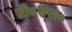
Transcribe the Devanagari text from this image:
टी०एस०